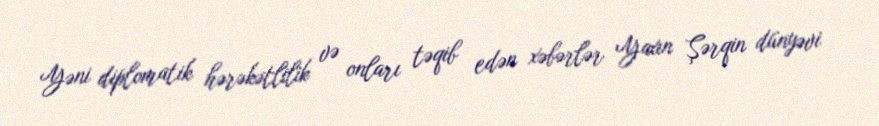
Yəni diplomatik hərəkətlilik və onları təqib edən xəbərlər Yaxın Şərqin dünyəvi